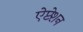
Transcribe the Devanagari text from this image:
ऐप्टेशन